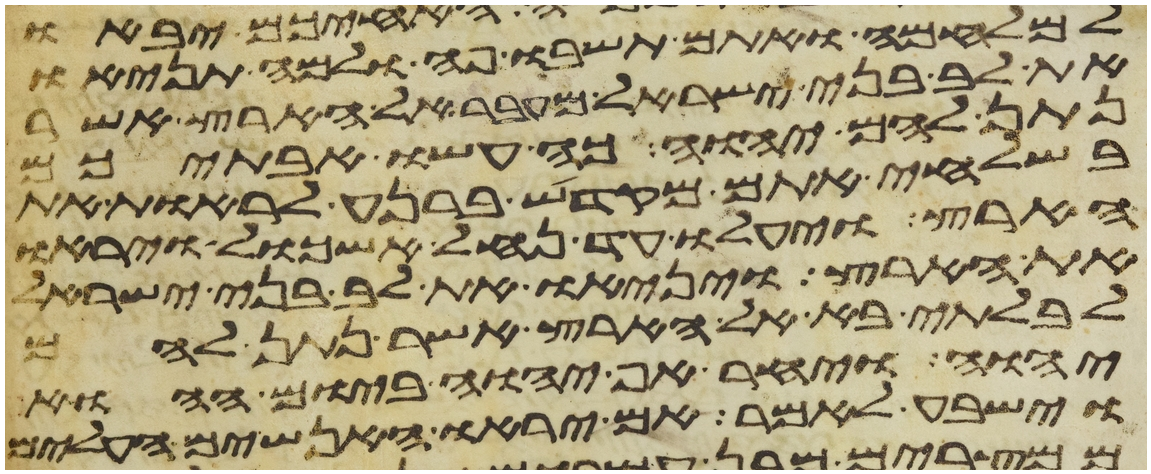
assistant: למלחמה ואתם תשבו פה ולמה תניאו
את לב בני ישראל מעבר אל הארץ אשר
נתן להם יהוה כה עשו אבתיכם
בשלחי אתם מקדש ברנע לראות את
הארץ ויעלו עד נחל אשכול ויראו
את הארץ ויניאו את לב בני ישראל
לבלתי בא אל הארץ אשר נתן להם
יהוה ויחר אף יהוה ביום ההוא
וישבע לאמר אם יראו האנשים העלים